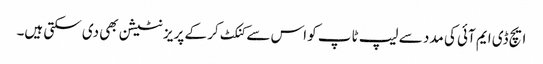
ایچ ڈی ایم آئی کی مدد سے لیپ ٹاپ کو اس سے کنکٹ کر کے پریزنٹیشن بھی دی سکتی ہیں۔